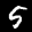
Label: 5